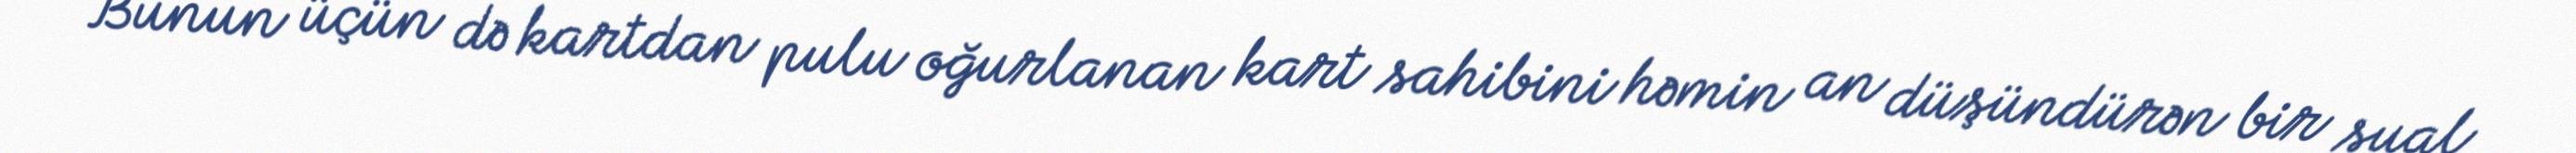
Bunun üçün də kartdan pulu oğurlanan kart sahibini həmin an düşündürən bir sual